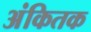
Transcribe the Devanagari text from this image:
अंकितक